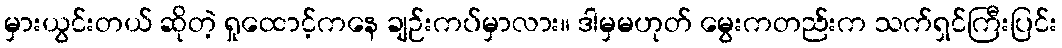
မှားယွင်းတယ် ဆိုတဲ့ ရှုထောင့်ကနေ ချဉ်းကပ်မှာလား။ ဒါမှမဟုတ် မွေးကတည်းက သက်ရှင်ကြီးပြင်း